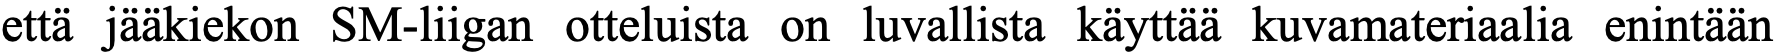
että jääkiekon SM-liigan otteluista on luvallista käyttää kuvamateriaalia enintään